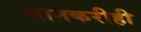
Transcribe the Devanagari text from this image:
मानकरीही